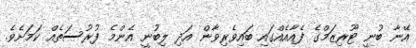
އޭނާ ބުނީ ޓޫރިޒަމްގެ ފެއާއެއްގައި ބައިވެރިވާން އަދި ލިބުނީ އެންމެ ފުރުސަތެއް ކަމަށެވެ.